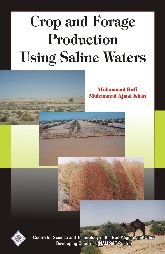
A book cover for Crop and Forage Production Using Saline Water; Mohammed Kafi; Science & Math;